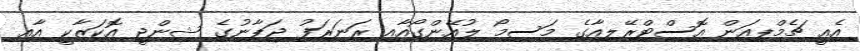
އެއީ ޗެމްޕިއަން އޮސްޓްރޭލިއާގެ މަސިމޯ ލުއޭންގޯއާއި ރަނަރަފު ޖަޕާނުގެ ޝިންޖީ އޮކަޒާކީ އާއި